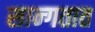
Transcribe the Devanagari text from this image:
सान्गतात